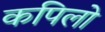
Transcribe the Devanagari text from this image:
कपिलो